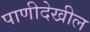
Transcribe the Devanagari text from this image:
पाणीदेखील